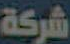
شركة